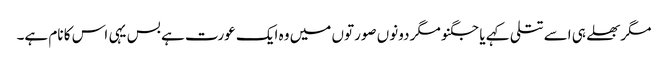
مگربھلے ہی اسے تتلی کہے یا جگنو مگر دونوں صورتوں میں وہ ایک عورت ہے بس یہی اس کا نام ہے۔